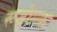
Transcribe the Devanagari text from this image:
रूडोल्क